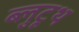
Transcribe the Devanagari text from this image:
ब्लुटूथ